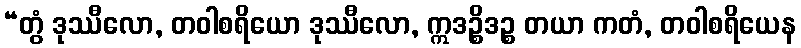
“တွံ ဒုဿီလော, တဝါစရိယော ဒုဿီလော, ဣဒဉ္စိဒဉ္စ တယာ ကတံ, တဝါစရိယေန